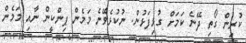
ކުރިން ގޯތި ދޭނެ ކަމަށް ގުޅިފަޅުން. ނުކުޅެވޭނެ މަމެން ޕިންކީން ނާއި މަމެން